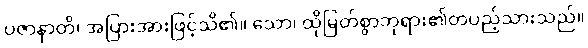
ပဇာနာတိ၊ အပြားအားဖြင့်သိ၏။ သော၊ ထိုမြတ်စွာဘုရား၏တပည့်သားသည်။